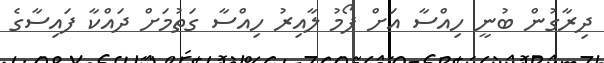
ދިރާގުން ބުނީ ހިއްސާ އަށް ފޯމު ލާއިރު ހިއްސާ ގަތުމަށް ދައްކާ ފައިސާގެ